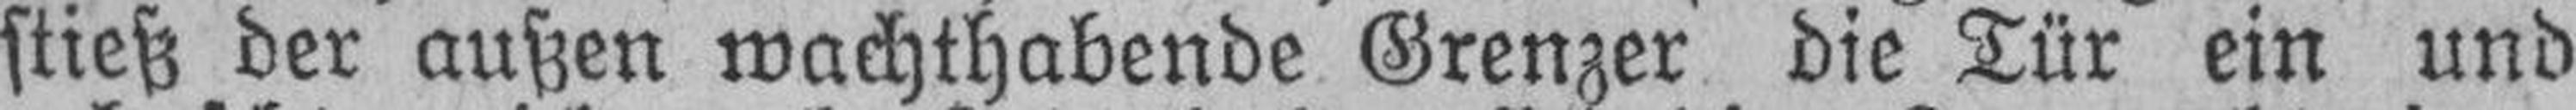
stieß der außen wachthabende Grenzer die Tür ein und